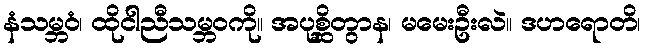
နံသမ္ဘဝံ၊ ထိုငါညီသမ္ဘဝကို။ အပုစ္ဆိတွာန၊ မမေးဦးလဲ။ ဒဟရောတိ၊